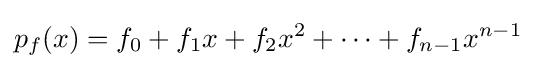
p_{f}(x)=f_{0}+f_{1}x+f_{2}x^{2}+\cdots +f_{n-1}x^{n-1}